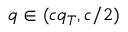
q \in ( c q _ { T } , c / 2 )